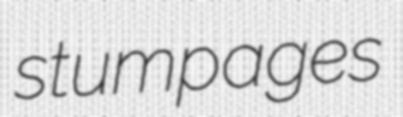
stumpages